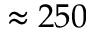
\approx 2 5 0